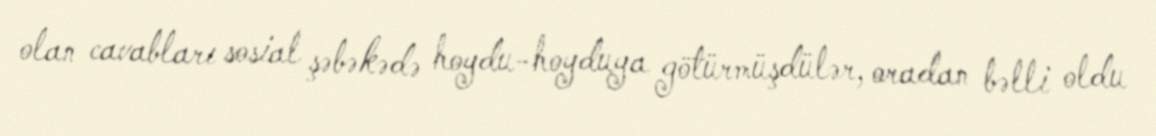
olan cavabları sosial şəbəkədə hoydu-hoyduya götürmüşdülər, oradan bəlli oldu